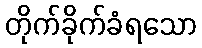
တိုက်ခိုက်ခံရသော